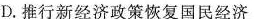
D.推行新经济政策恢复国民经济